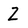
Character: Z